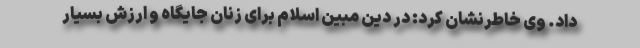
داد. وی خاطرنشان کرد: در دین مبین اسلام برای زنان جایگاه و ارزش بسیار